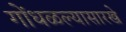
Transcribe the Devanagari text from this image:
गोंधळल्यासारखे